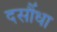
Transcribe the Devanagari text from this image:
दसौंधा